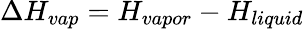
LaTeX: \Delta H_{vap}=H_{vapor}-H_{liquid}